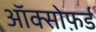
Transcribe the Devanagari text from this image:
ऑक्सोफ़र्ड